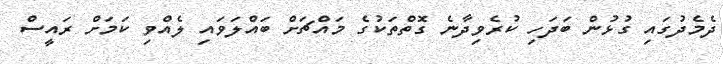
ދެމެދުގައި ގުޅުން ބަދަހި ކުރެވިދާނެ ގޮތްތަކުގެ މައްޗަށް ބައްލަވައި ލެއްވި ކަމަށް ރައީސް